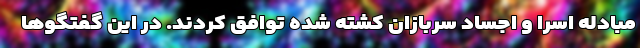
مبادله اسرا و اجساد سربازان کشته شده توافق کردند. در این گفتگو‌ها